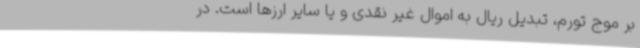
بر موج تورم، تبدیل ریال به اموال غیر نقدی و یا سایر ارزها است. در